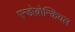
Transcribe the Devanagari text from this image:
एन्डोब्रोन्कियल